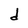
Character: d